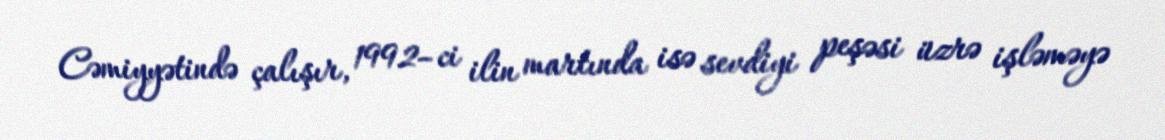
Cəmiyyətində çalışır, 1992–ci ilin martında isə sevdiyi peşəsi üzrə işləməyə